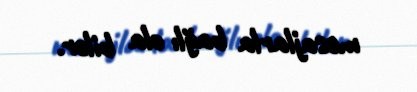
mesajlarla bağlı ola bilər.